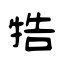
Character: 牿